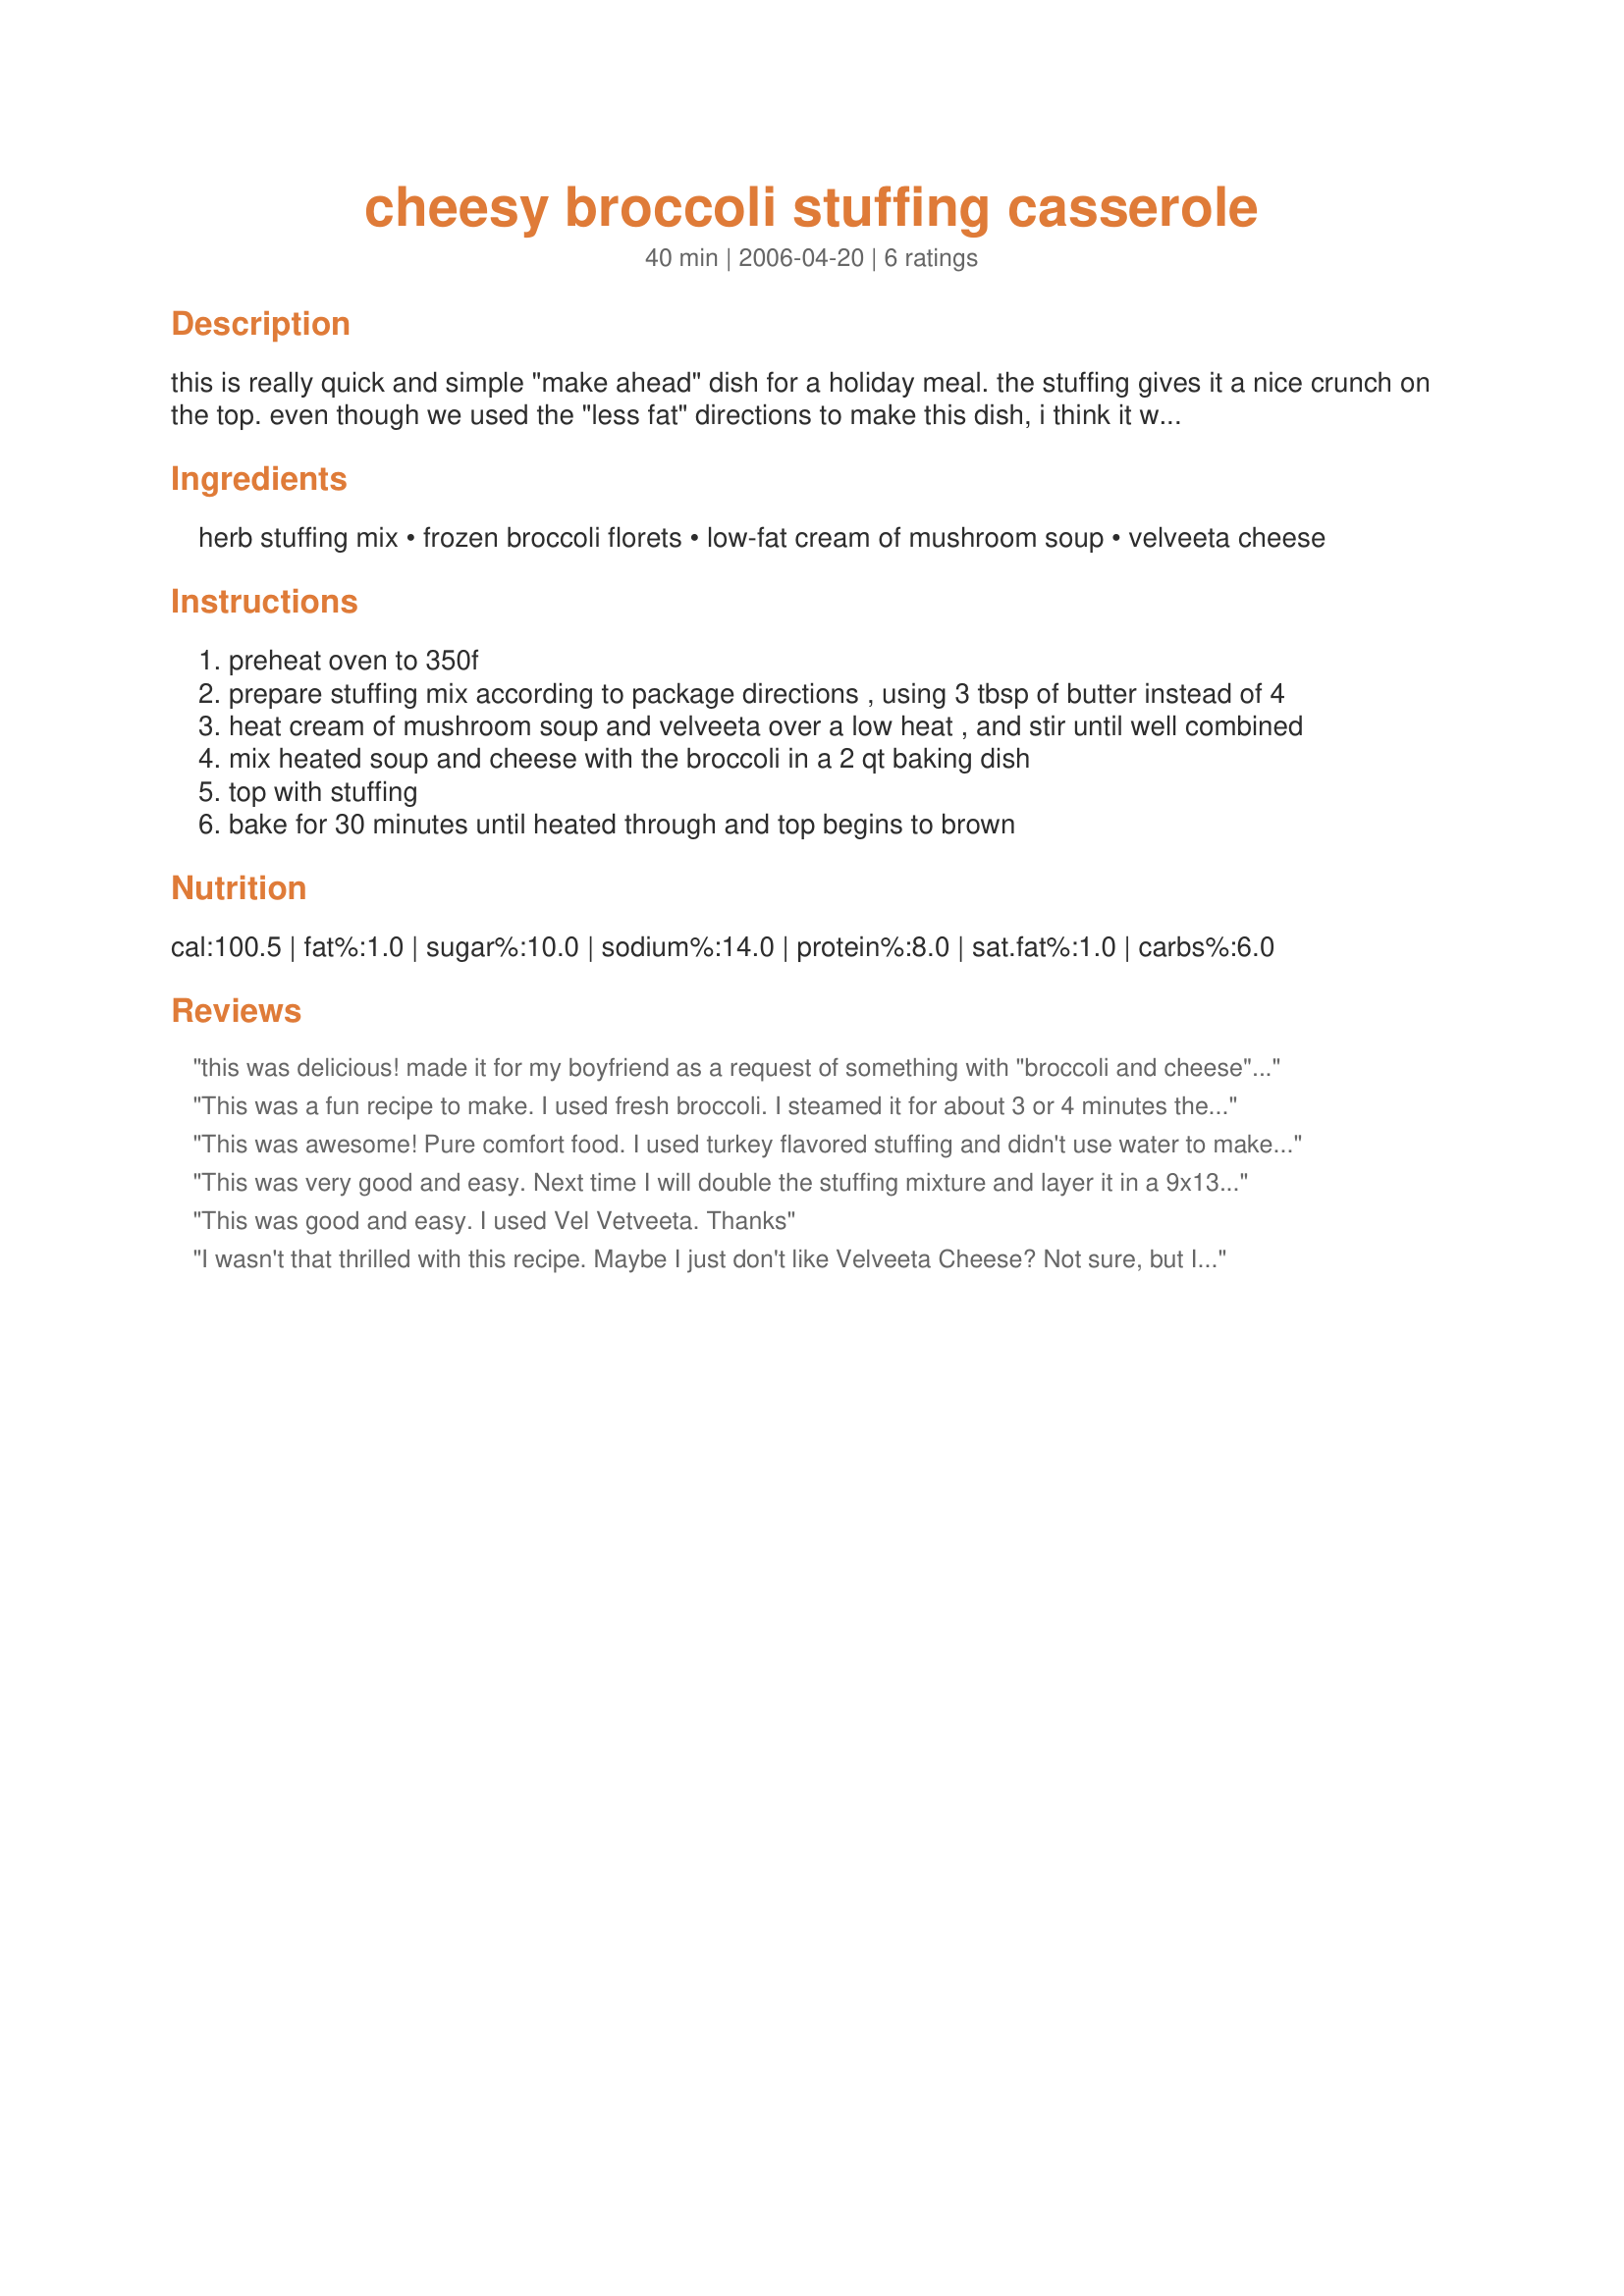
cheesy broccoli stuffing casserole
Preparation time: 40 minutes

this is really quick and simple "make ahead" dish for a holiday meal. the stuffing gives it a nice crunch on the top. even though we used the "less fat" directions to make this dish, i think it was still full of great flavor. i also chose to use a "roasted garlic" flavor of stuffing mix, since that was the only one that did not contain chicken or turkey flavorings.

Ingredients:
herb stuffing mix, frozen broccoli florets, low-fat cream of mushroom soup, velveeta cheese

Steps:
preheat oven to 350f
prepare stuffing mix according to package directions , using 3 tbsp of butter instead of 4
heat cream of mushroom soup and velveeta over a low heat , and stir until well combined
mix heated soup and cheese with the broccoli in a 2 qt baking dish
top with stuffing
bake for 30 minutes until heated through and top begins to brown

Reviews:
this was delicious! made it for my boyfriend as a request of something with "broccoli and cheese" and he loved it said it was great sleep food. the only thing i changed was i shredded a block of sharp cheddar instead of velveeta and doubled amount of cheese. also used fresh broccoli and steamed it 5 min before mixed together. will def make for turkey day
This was a fun recipe to make. I used fresh broccoli. I steamed it for about 3 or 4 minutes then added it to the soup mixture. For the soup mixture, I added 1 Tbsp. of cream cheese, swiss, and sharp cheddar to the Amy's Organic Cream of Mushroom Soup that I used as it was heating. I also doubled the stuffing and baked it in a 9 x 13 inch baking dish. This casserole did not last! Everyone gobbled it right up!!!
This was awesome! Pure comfort food. I used turkey flavored stuffing and didn't use water to make it.I used chicken broth. I also used broccoli/cauliflower mixed and didn't use low-fat anything. Full flavor all the way. Thanks so much for posting!
This was very good and easy. Next time I will double the stuffing mixture and layer it in a 9x13. Thanks for a great recipe. Comfort food!!!
This was good and easy. I used Vel Vetveeta. Thanks
I wasn't that thrilled with this recipe. Maybe I just don't like Velveeta Cheese? Not sure, but I probably won't make it again. I'm going to search for a recipe that uses a different cheese!! I suggest using shreaded cheddar in place of the Velveeta...
